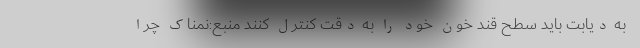
به دیابت باید سطح قند خون خود را به دقت کنترل کنند منبع:نمناک چرا